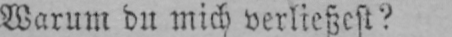
Warum du mich verließest?